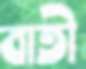
বাতী